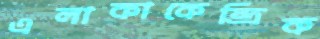
এলাকাকেন্দ্রিক